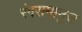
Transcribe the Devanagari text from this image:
रंगरामानुज